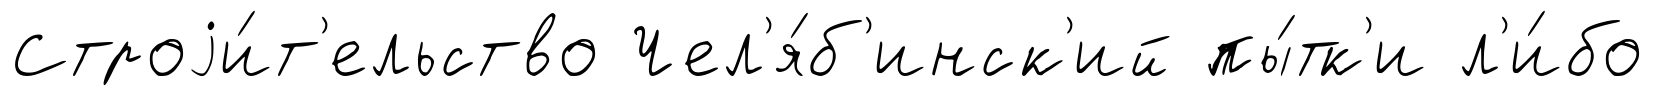
Строjи́т'ельство Чел'я́б'инск'ий пы́тк'и л'и́бо